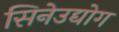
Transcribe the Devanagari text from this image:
सिनेउद्योग